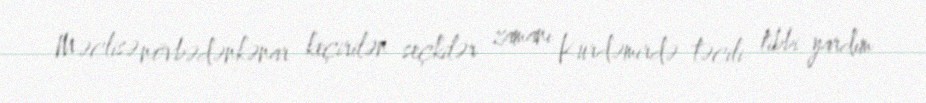
Məclisə növbədənkənar keçirilən seçkilər zamanı Kürdəmirdə təcili tibbi yardım